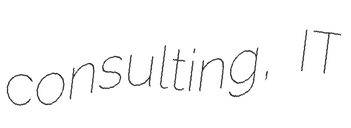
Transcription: consulting, IT